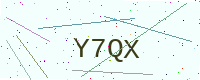
Text: Y7QX